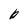
Character: b